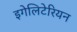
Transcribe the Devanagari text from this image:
इगेलिटेरियन